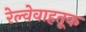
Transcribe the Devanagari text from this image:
रेल्वेवाहतूक